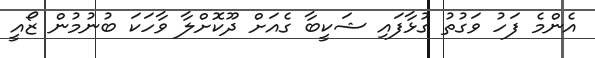
އެންމެ ފަހު ވަގުތު ގުޅާފައި ޝަކީބާ ގެއަށް ދޫކޮށްލާ ވާހަކަ ބުނުމުން ޒޯއީ